Source: Handwritten
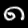
Digit: ၈ (8)